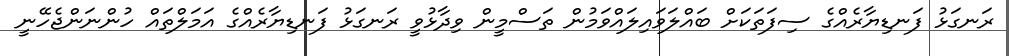
ރަނގަޅު ފަނޑިޔާރެއްގެ ސިފަތަކަށް ބައްލަވައިލައްވަމުން ތަސްމީން ވިދާޅުވީ ރަނގަޅު ފަނޑިޔާރެއްގެ އަމަލްތައް ހުންނަންޖެހޭނީ